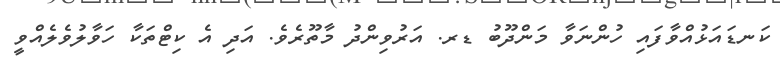
ކަނޑައަޅުއްވާފައި ހުންނަވާ މަންދޫބު ޑރ. އަރުވިންދު މާތޫރެވެ. އަދި އެ ކިޓްތަކާ ހަވާލުވެެލެއްވީ